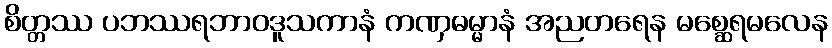
စိတ္တဿ ပဘဿရဘာဝဒူသကာနံ ကဏှဓမ္မာနံ အညတရေန မစ္ဆေရမလေန